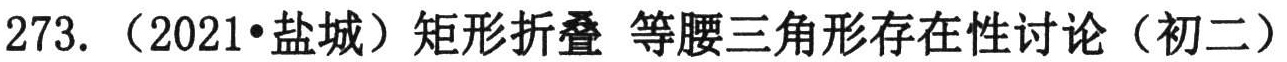
273. （2021•盐城）矩形折叠 等腰三角形存在性讨论（初二）